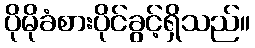
ပိုမိုခံစားပိုင်ခွင့်ရှိသည်။